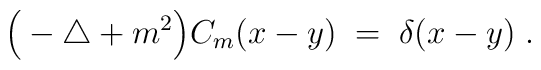
\Big(-\triangle + m^2 \Big) C_m(x-y) \; = \; \delta(x-y) \; .